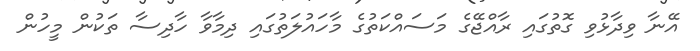
އޭނާ ވިދާޅުވި ގޮތުގައި ރާއްޖޭގެ މަސައްކަތުގެ މާހައުލަތުގައި ދިމާވާ ހާދިސާ ތަކުން މީހުން